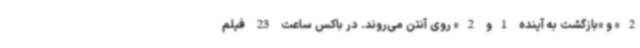
2» و «بازگشت به آینده 1و 2» روی آنتن می‌روند. در باکس ساعت 23 فیلم